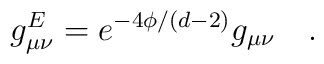
g^E_{\mu\nu} = e^{-4\phi/(d-2)} g_{\mu\nu} \quad .